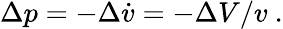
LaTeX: \Delta p=-\Delta\dot{v}=-\Delta V/v\ .